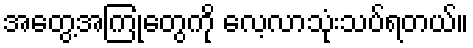
အတွေ့အကြုံတွေကို လေ့လာသုံးသပ်ရတယ်။